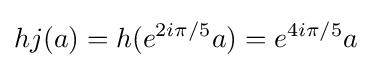
hj(a)=h(e^{2i\pi /5}a)=e^{4i\pi /5}a